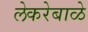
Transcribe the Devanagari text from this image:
लेकरेबाळे